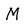
Character: M